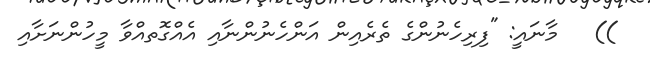
))   މާނައީ: "ފިރިހެނުންގެ ތެރެއިން އަންހެނުންނާއި އެއްގޮތއްވާ މީހުންނަށާއި